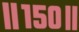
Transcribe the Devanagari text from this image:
॥१५०॥